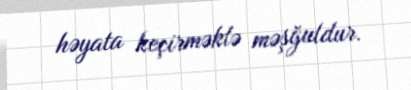
həyata keçirməklə məşğuldur.